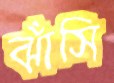
ঝাঁসি